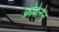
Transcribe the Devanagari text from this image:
फ्रोबेलेन